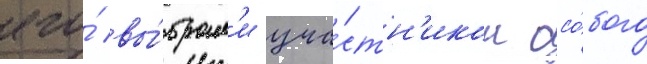
его́ вы́брал'и уча́стн'иком осо́бого